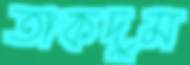
তাকদুম